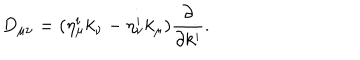
LaTeX: D _ { \mu \nu } = ( \eta _ { \mu } ^ { i } k _ { \nu } - \eta _ { \nu } ^ { i } k _ { \mu } ) { \frac { \partial } { \partial k ^ { i } } } .